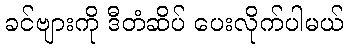
ခင်ဗျားကို ဒီတံဆိပ် ပေးလိုက်ပါမယ်